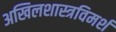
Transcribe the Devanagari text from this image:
अखिलशास्त्रविमर्श